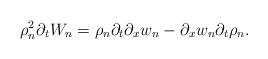
LaTeX: \begin{align*} \rho_{n}^{2}\partial_{t}W_{n} = \rho_{n} \partial_{t} \partial_{x} w_{n} - \partial_{x}w_{n} \partial_{t} \rho_{n}.\end{align*}